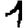
Digit: 1